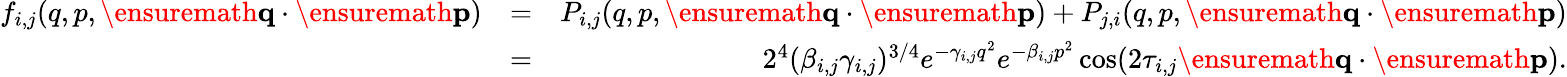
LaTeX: \begin{array}{rlr}{f_{i,j}(q,p,\ensuremath{\mathbf{q}}\cdot\ensuremath{\mathbf{p}})}&{=}&{P_{i,j}(q,p,\ensuremath{\mathbf{q}}\cdot\ensuremath{\mathbf{p}})+P_{j,i}(q,p,\ensuremath{\mathbf{q}}\cdot\ensuremath{\mathbf{p}})}\\ &{=}&{2^{4}(\beta_{i,j}\gamma_{i,j})^{3/4}e^{-\gamma_{i,j}q^{2}}e^{-\beta_{i,j}p^{2}}\cos(2\tau_{i,j}\ensuremath{\mathbf{q}}\cdot\ensuremath{\mathbf{p}}).}\end{array}